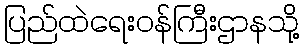
ပြည်ထဲရေးဝန်ကြီးဌာနသို့